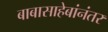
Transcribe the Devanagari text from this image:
बाबासाहेबांनंतर